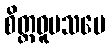
စိတ္တဝူပသမေ